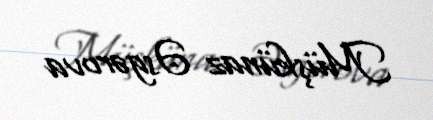
Müşkünaz Əsgərova